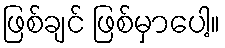
ဖြစ်ချင် ဖြစ်မှာပေါ့။